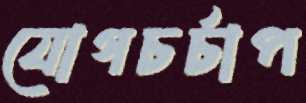
যোগচর্চাপ